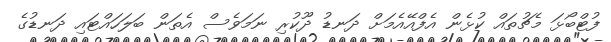
ފުޓްބޯޅަ މެޗުތައް ކުޅެން އެފްއޭއެމަށް ދަނޑު ދޫކުރި ނަމަވެސް އެތަން ބަލަހައްޓައި ދަނޑުގެ